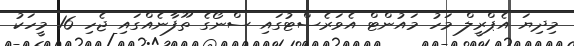
މިދިޔަ އެޕްރީލް މަހު މައުންޓް އެވަރެސްޓުގައި ސްނޯގެ ތޫފާނެއްގައި ޖެހި 16 މީހަކު